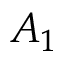
A _ { 1 }